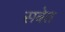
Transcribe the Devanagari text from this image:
सबेत